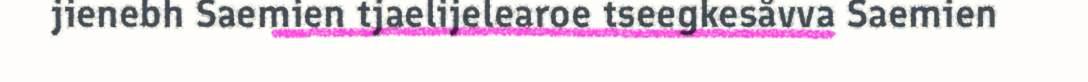
jienebh Saemien tjaelijelearoe tseegkesåvva Saemien